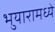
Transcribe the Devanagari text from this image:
भुयारामध्ये